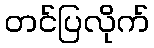
တင်ပြလိုက်